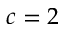
c = 2